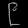
Digit: ၉